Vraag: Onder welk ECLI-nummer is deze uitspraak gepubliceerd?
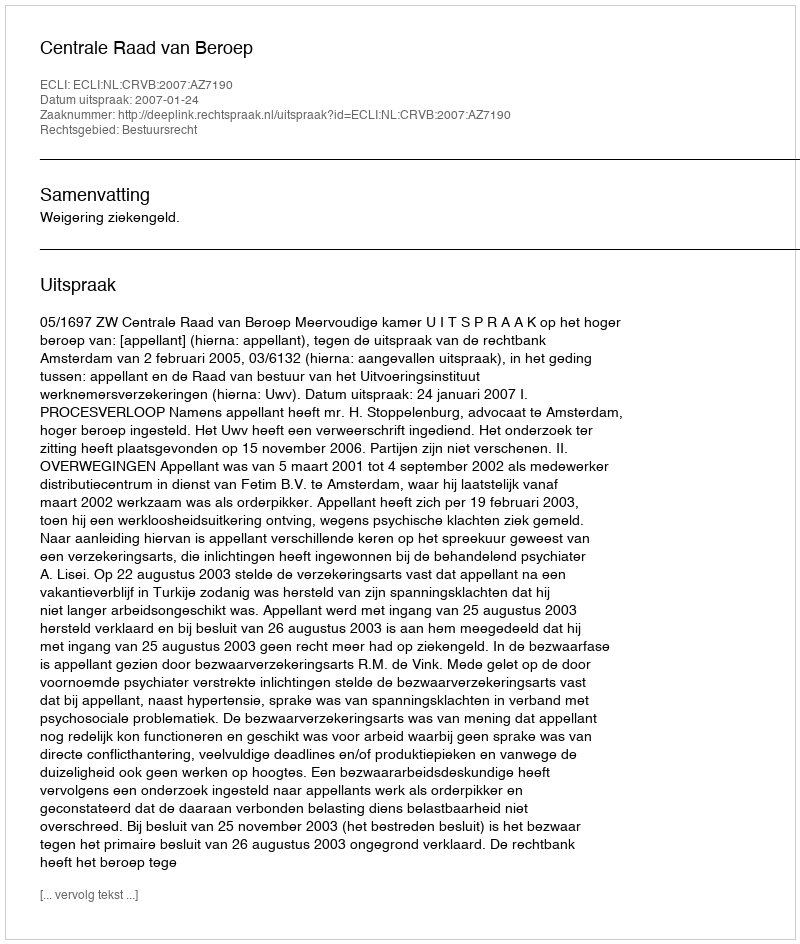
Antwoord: ECLI:NL:CRVB:2007:AZ7190